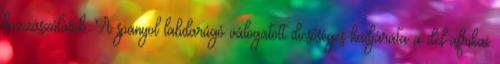
hozzászólások. A spanyol labdarúgó válogatott dicsőséges hadjárata a dél-afrikai